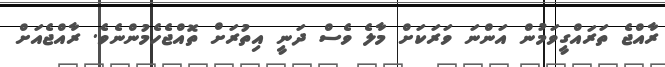
ރާއްޖެ ތަރައްގީވަމުން އަންނަ ވަރަކަށް މާލެ ވެސް ދަނީ އިތުރަށް ތޮއްޖެހެމުންނެވެ. ރާއްޖެއަށް